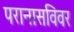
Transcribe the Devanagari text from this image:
परानासविवर